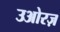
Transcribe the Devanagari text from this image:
उओरज़